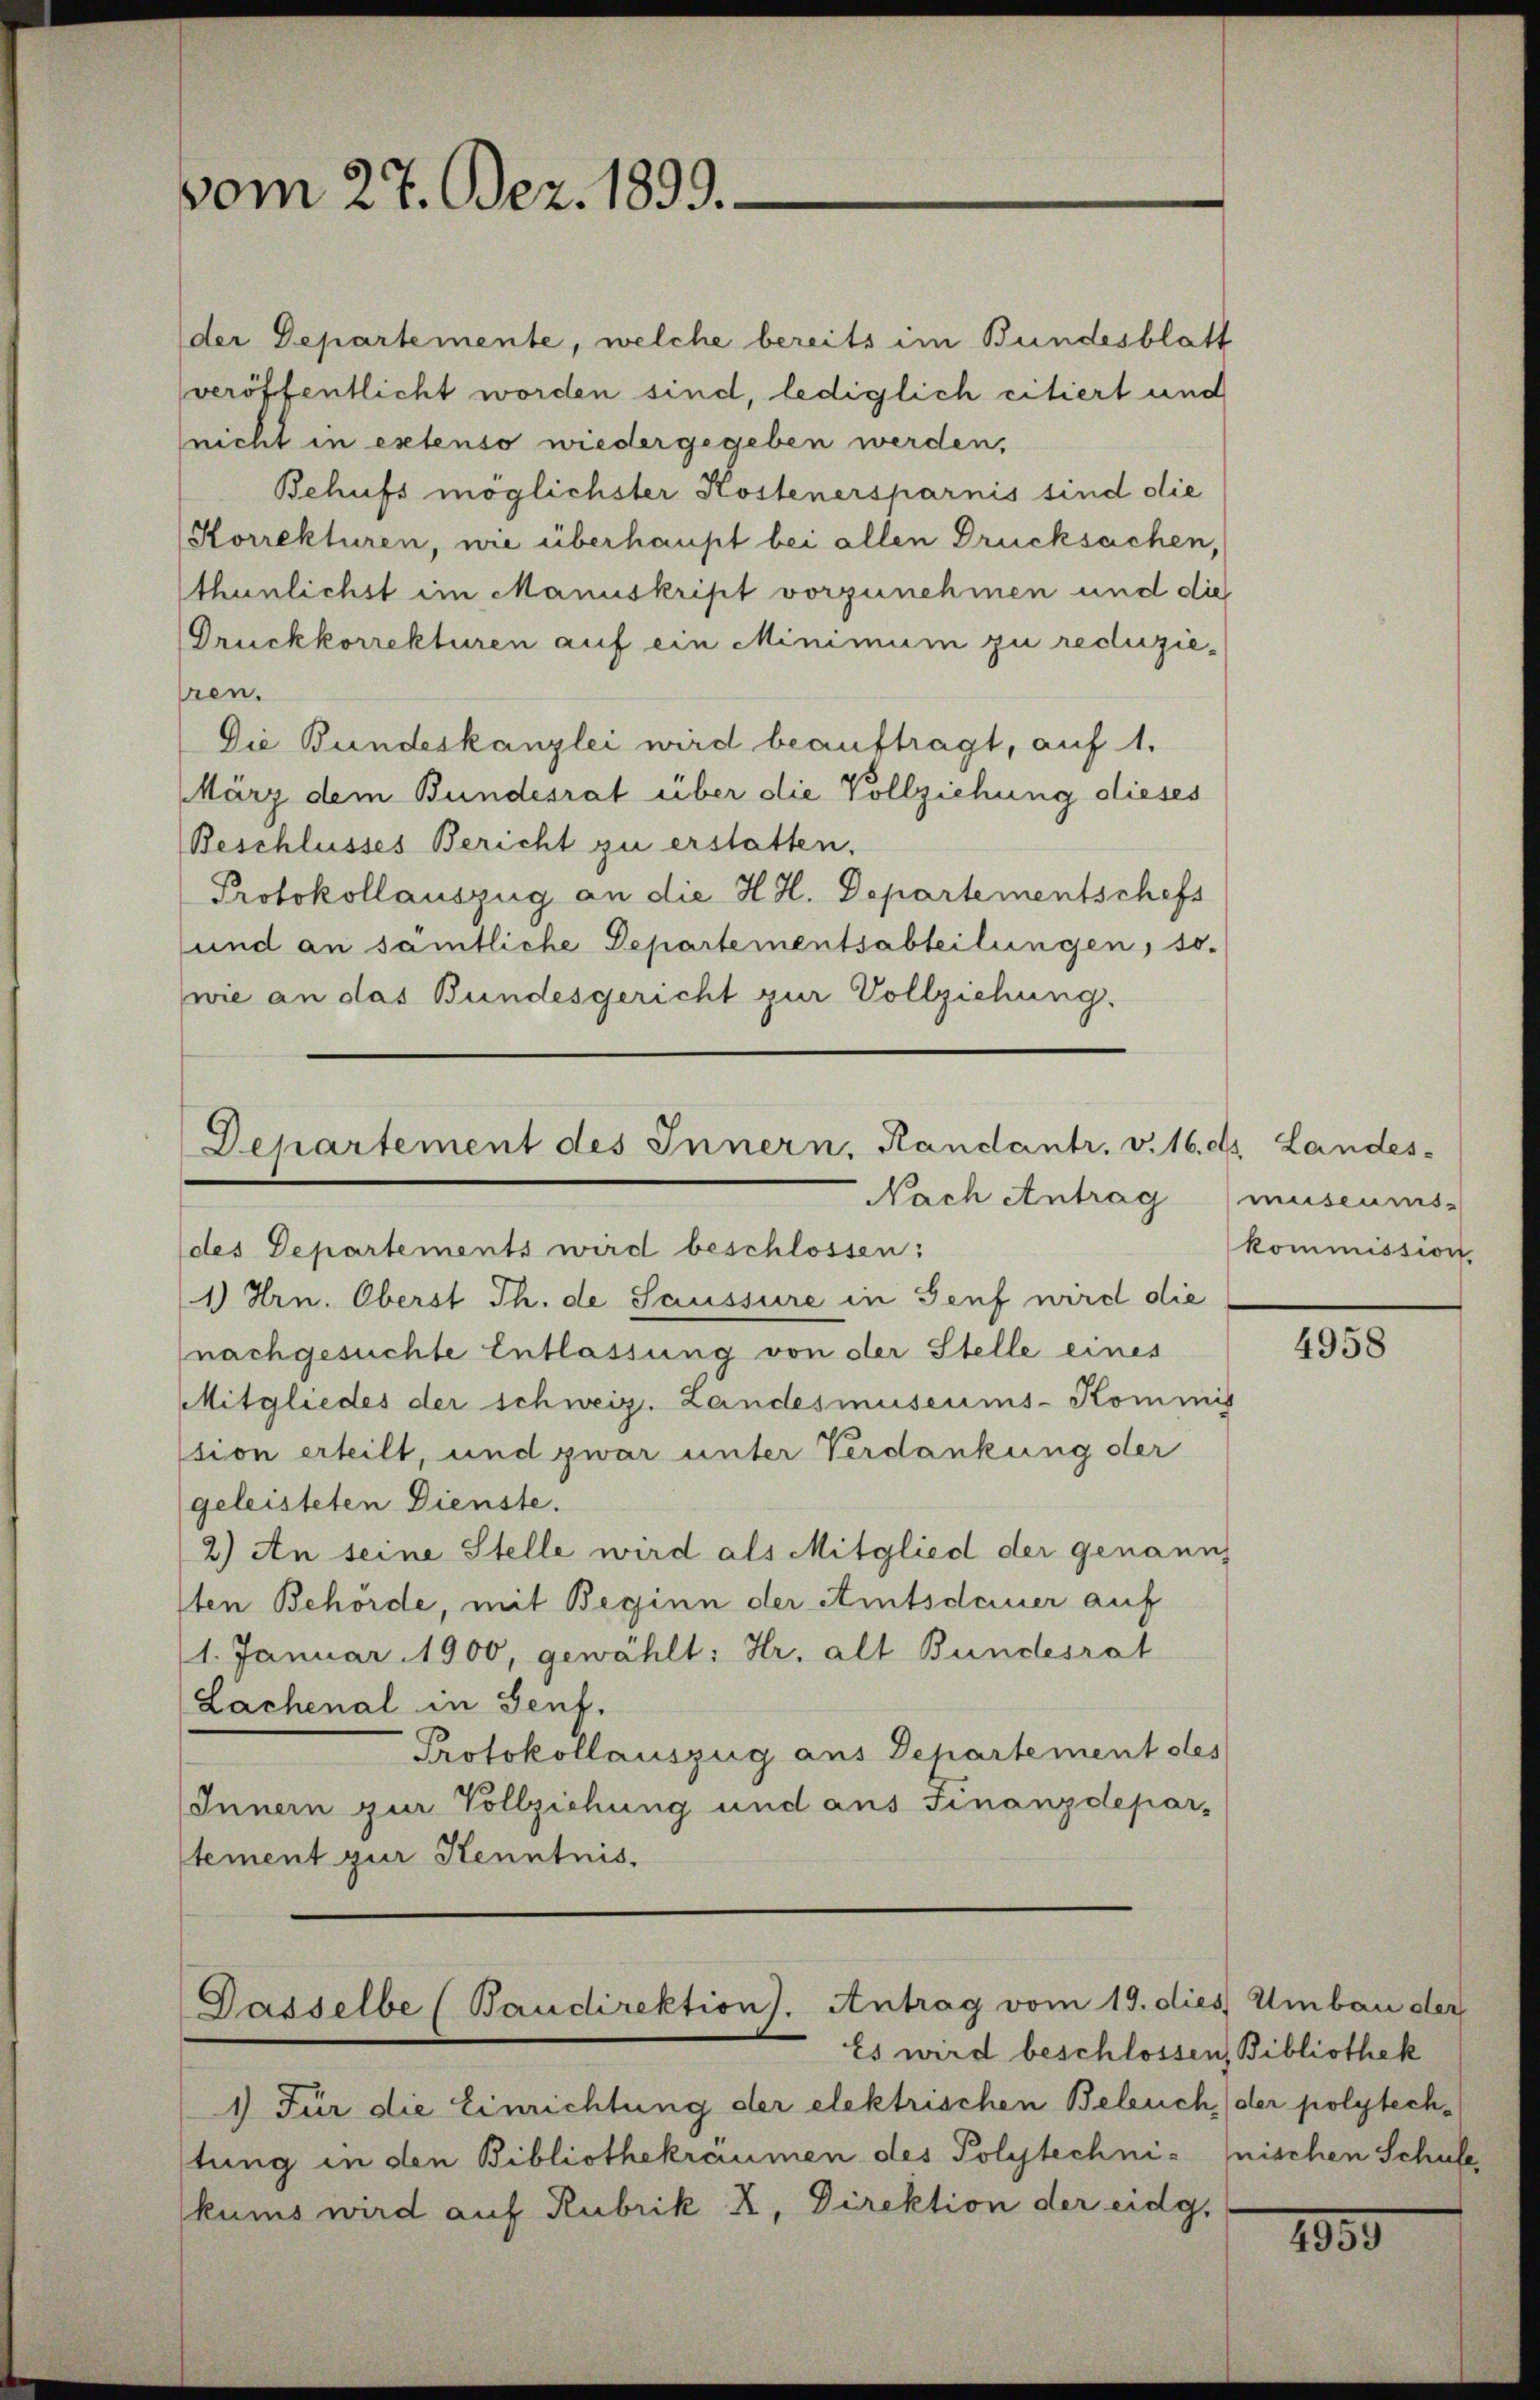
vom 27. Dez. 1899.

der Departemente, welche bereits im Bundesblatt
veröffentlicht worden sind, lediglich citiert und
nicht in extenso wiedergegeben werden,
Behufs möglichster Kostenersparnis sind die
Korrekturen, wie überhaupt bei allen Drucksachen,
thunlichst im Manuskript vorzunehmen und die
Druckkorrekturen auf ein Minimum zu reduzieren.
Die Bundeskanzlei wird beauftragt, auf 1.
März dem Bundesrat über die Vollziehung dieses
Beschlusses Bericht zu erstatten,
Protokollauszug an die H. H. Departementschefs
und an sämtliche Departementsabteilungen, so-
wie an das Bundesgericht zur Vollziehung.

Departement des Innern, Randantr. v. 16. d. Landes-
Nach Antrag

des Departements wird beschlossen:
1) Hrn. Oberst Th. de Saussure in Genf wird die
nachgesuchte Entlassung von der Stelle eines
Mitgliedes der schweiz. Landesmuseums-Kommis
ssion erteilt, und zwar unter Verdankung der
geleisteten Dienste.
2) An seine Stelle wird als Mitglied der genannt
sten Behörde, mit Beginn der Amtsdauer auf
1. Januar 1900, gewählt: Hr. alt Bundesrat
Lachenal in Genf.
Protokollauszug aus Departement des
Innern zur Vollziehung und aus Finanzdepar-
stement zur Kenntnis.

Gasselbe (Baudirektion. Antrag vom 19. dies Umbau der
Es wird beschlossen, Bibliothek

1) Für die Einrichtung der elektrischen Beleuch (der polytechtung in den Bibliothekräumen des Polytechni- fischen Schule
kums wird auf Rubrik X, Direktion der eidg.

museums-
kommission

4958

2059